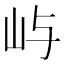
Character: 屿